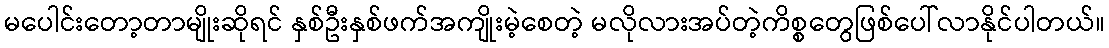
မပေါင်းတော့တာမျိုးဆိုရင် နှစ်ဦးနှစ်ဖက်အကျိုးမဲ့စေတဲ့ မလိုလားအပ်တဲ့ကိစ္စတွေဖြစ်ပေါ်လာနိုင်ပါတယ်။